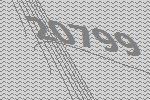
20799